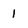
Character: I